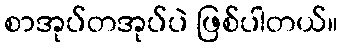
စာအုပ်တအုပ်ပဲ ဖြစ်ပါတယ်။